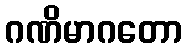
ဂဏိမာဂတော